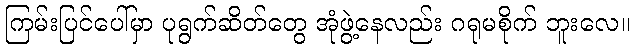
ကြမ်းပြင်ပေါ်မှာ ပုရွက်ဆိတ်တွေ အုံဖွဲ့နေလည်း ဂရုမစိုက် ဘူးလေ။